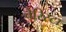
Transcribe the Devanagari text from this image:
वेरिस्टा